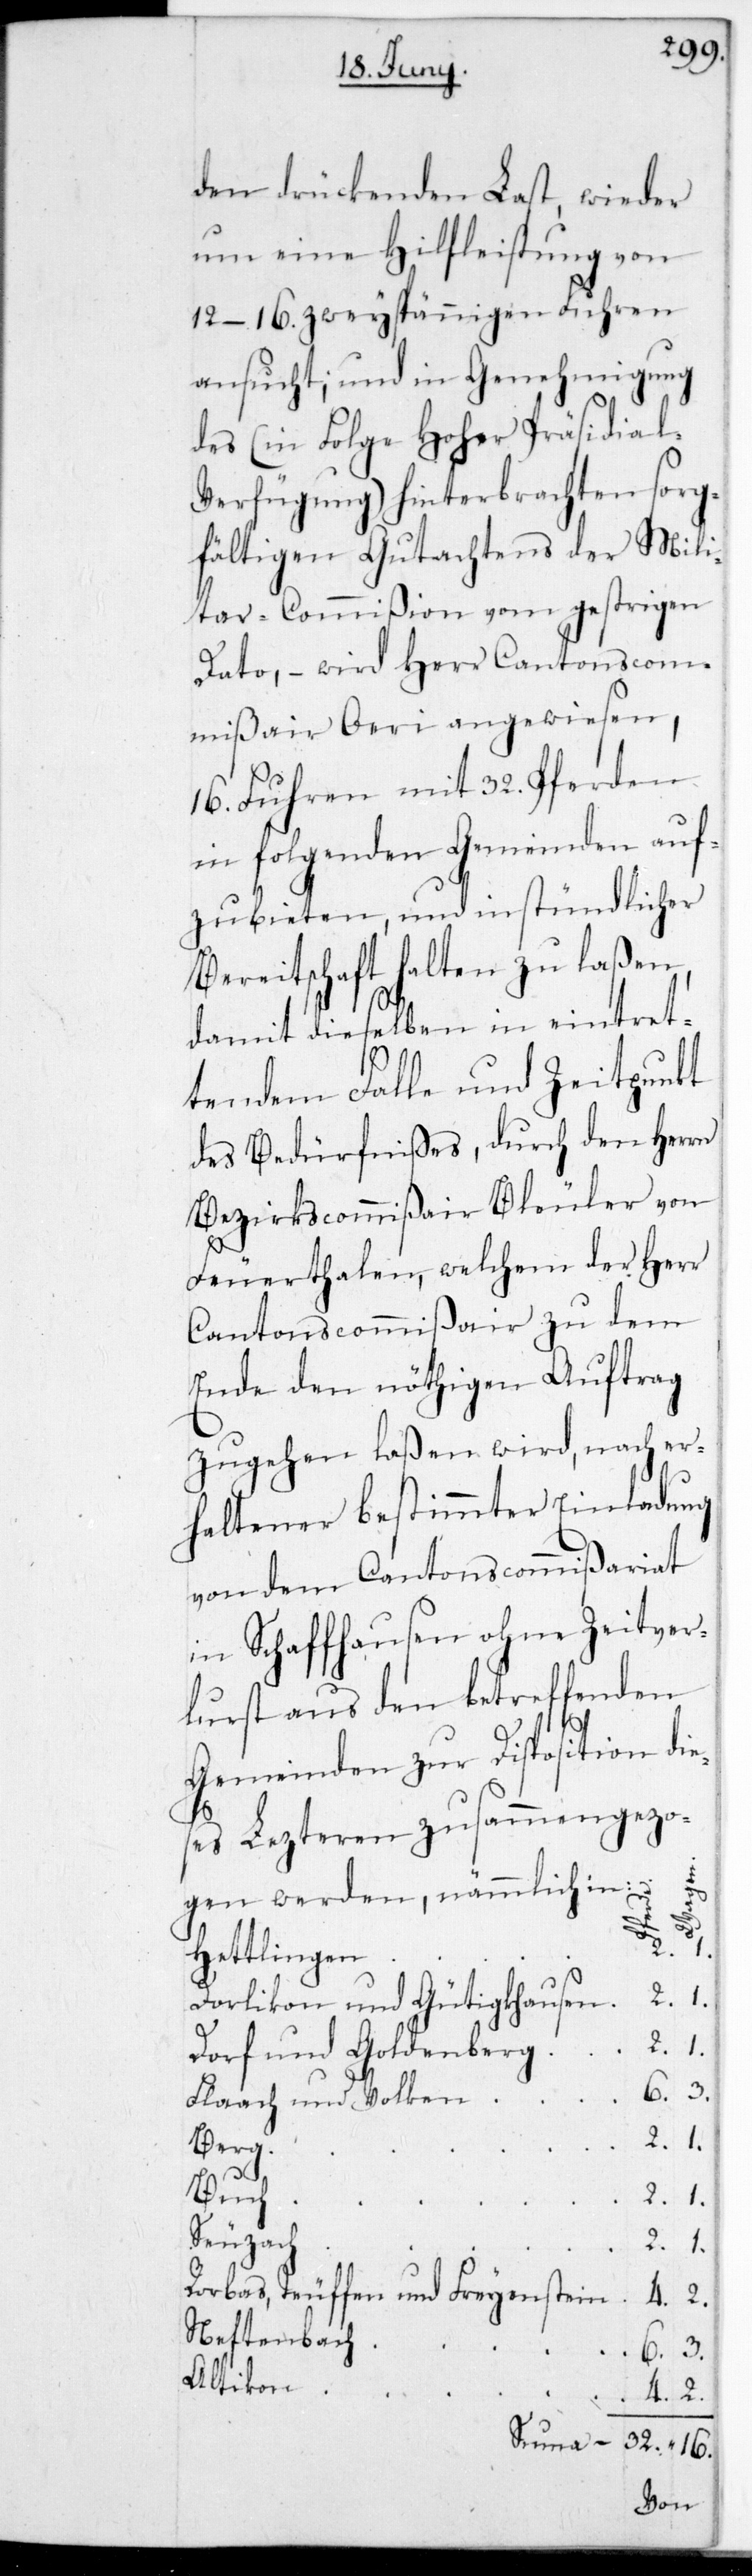
den drückenden Last, wieder
um eine Hilfleistung von
12-16. zweyspännigen Fuhren
ansucht; und in Genehmigung
des (in Folge Hoher Präsidial-V¬
erfügung) hinterbrachten sorg¬
fältigen Gutachtens der Mil¬
itar-Commißion vom gestrigen
Dato, – wird Herr Cantonscom¬
mißair Öri angewiesen,
16. Fuhren mit 32. Pferden
in folgenden Gemeinden auf¬
zubieten, und in stündlicher
Bereitschaft halten zu laßen,
damit dieselben in eintret¬
tendem Falle und Zeitpunkt
des Bedürfnißes, durch den Herrn
Bezirkscommißair Bleuler von
Feuerthalen, welchem der Herr
CantonsCommißair zu dem
Ende den nöthigen Auftrag
zugehen laßen wird, nach er¬
haltener bestimmter Einladung
von dem CantonsCommißariat
in Schaffhausen ohne Zeitver¬
lust aus den betreffenden
Gemeinden zur Disposition die¬
ses letzteren zusammenzo¬
gen werden, nämmlich in:
Dorlikon und Gütighause¬
n	2.	1.
Dorf und Goldenber¬
Flaach und Volke¬
g	2.	1.
Rorbas, Teuffen und Freyenstei¬
n	6.	3.
n	4.	2.
Summa	32.	16.